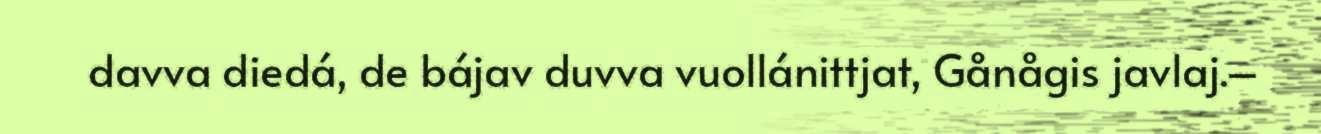
davva diedá, de bájav duvva vuollánittjat, Gånågis javlaj.–